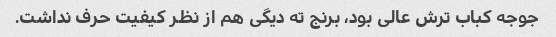
جوجه کباب ترش عالی بود، برنج ته دیگی هم از نظر کیفیت حرف نداشت.